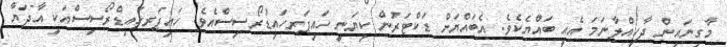
މާގިނައިން ދާހިއްލާނަމަ އެއީ ބައްޔެކެވެ. އެބައްޔަށް ޑަކްޓަރުން ކިޔަނީ ހައިޕަރހައިޑުރޯސިސްއެވެ. ހައިޕަރހައިޑްރޯސިސްއަކީ އާދަޔާ